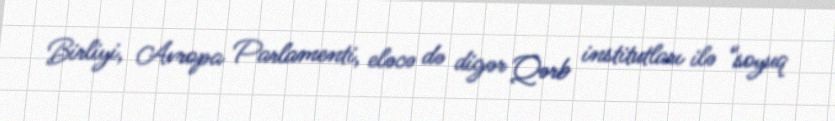
Birliyi, Avropa Parlamenti, eləcə də digər Qərb institutları ilə “soyuq